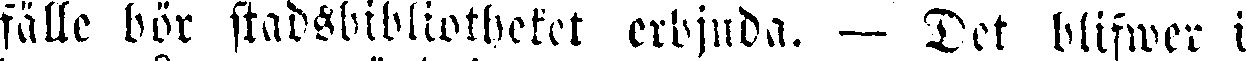
fälle bör stadsbibliotheket erbjuda. — Det blifwer i